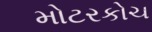
મોટરકોચ